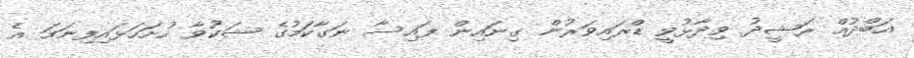
އަބްދުއް ރަޝީދު ވިދާޅުވީ ޑްރައިވަރުން ގިނައިން ފައިސާ ނަގާކަމުގެ ޝަކުވާ ހުށަހަޅައިފިނަމަ އެ